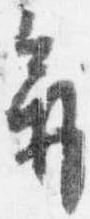
気